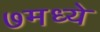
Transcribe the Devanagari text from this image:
७मध्ये